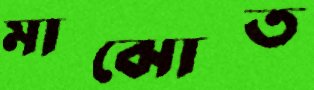
মাঝোত